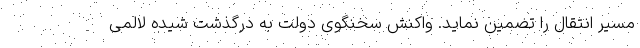
مسیر انتقال را تضمین نماید. واکنش سخنگوی دولت به درگذشت شیده لالمی